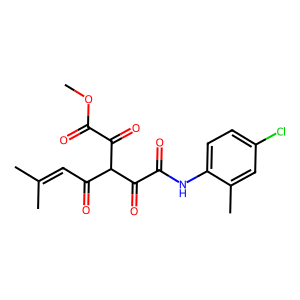
SMILES: COC(=O)C(=O)C(C(=O)C=C(C)C)C(=O)C(=O)Nc1ccc(Cl)cc1C
Inhibits HIV replication: No